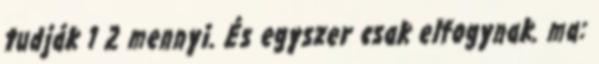
tudják 1 2 mennyi. És egyszer csak elfogynak. ma: